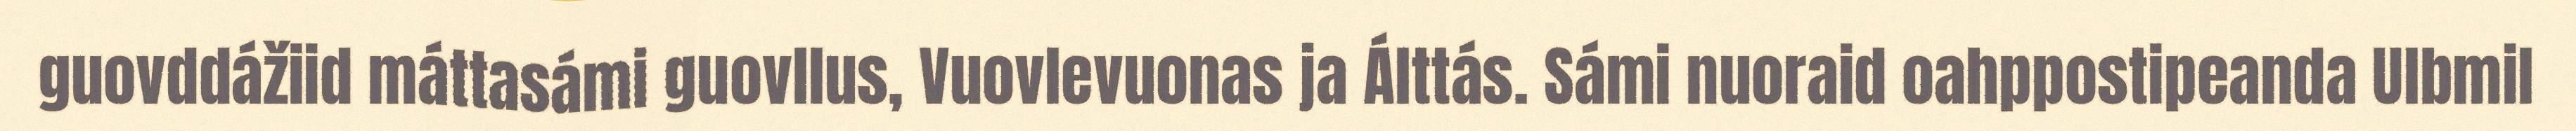
guovddážiid máttasámi guovllus, Vuovlevuonas ja Álttás. Sámi nuoraid oahppostipeanda Ulbmil